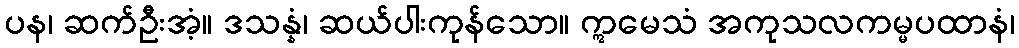
ပန၊ ဆက်ဦးအံ့။ ဒသန္နံ၊ ဆယ်ပါးကုန်သော။ ဣမေသံ အကုသလကမ္မပထာနံ၊